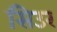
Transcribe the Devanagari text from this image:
सिउर